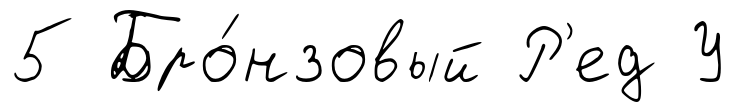
5 Бро́нзовый Р'ед У